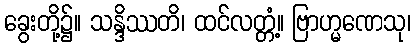
ခွေးတို့၌။ သန္ဒိဿတိ၊ ထင်လတ္တံ့။ ဗြာဟ္မဏေသု၊